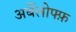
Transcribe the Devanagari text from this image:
अर्बेलोफ्फ़